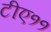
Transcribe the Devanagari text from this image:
टीए११